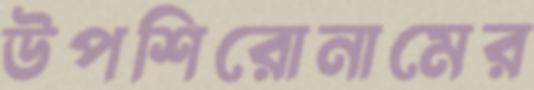
উপশিরোনামের